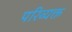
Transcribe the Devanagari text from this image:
परिव्यक्त